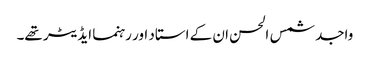
واجد شمس الحسن ان کے استاد اور رہنما ایڈیٹر تھے۔